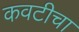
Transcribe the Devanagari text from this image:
कवटीचा